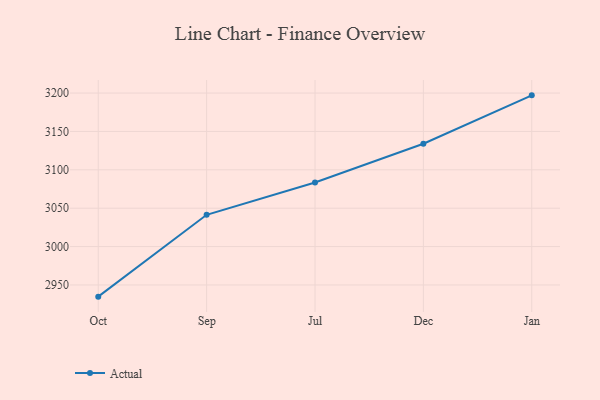
{"axis": {"x": "Month", "y": "Bounce Rate (%)"}, "legend": ["Actual"], "data": [{"x": "Oct", "y": 2934.8, "type": "Actual"}, {"x": "Sep", "y": 3041.4, "type": "Actual"}, {"x": "Jul", "y": 3083.5, "type": "Actual"}, {"x": "Dec", "y": 3134.0, "type": "Actual"}, {"x": "Jan", "y": 3197.0, "type": "Actual"}]}